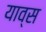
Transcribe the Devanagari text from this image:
याव्स